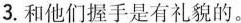
3.和他们握手是有礼貌的。